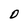
Character: D